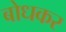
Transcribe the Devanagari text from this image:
बोधकर